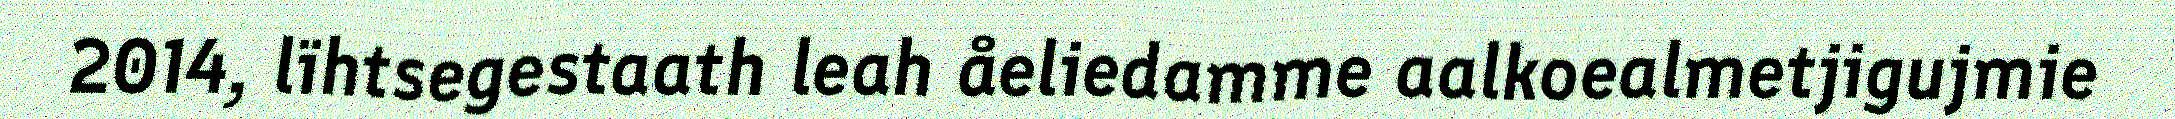
2014, lïhtsegestaath leah åeliedamme aalkoealmetjigujmie